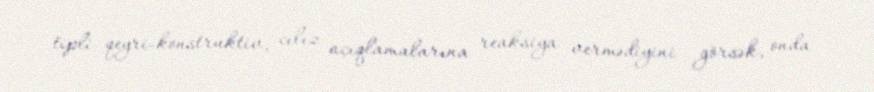
tipli qeyri-konstruktiv, cılız açıqlamalarına reaksiya vermədiyini görsək, onda